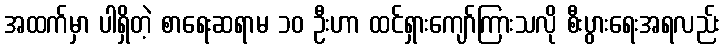
အထက်မှာ ပါရှိတဲ့ စာရေးဆရာမ ၁၀ ဦးဟာ ထင်ရှားကျော်ကြားသလို စီးပွားရေးအရလည်း